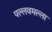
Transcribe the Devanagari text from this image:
पल्लवमल्ला